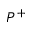
P ^ { + }